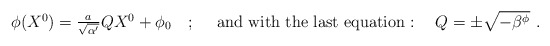
\begin{align*}\begin{array}{lr} \phi(X^0) = \frac{a}{\sqrt{\alpha'}} Q X^0 + \phi_0\ \ \ ;\ \ & \mbox{and\ with\ the\ last\ equation}:\ \ \ Q = \pm \sqrt{ - \beta^{\phi} }\ . \end{array}\end{align*}